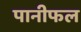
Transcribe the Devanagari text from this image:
पानीफल